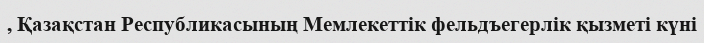
, Қазақстан Республикасының Мемлекеттік фельдъегерлік қызметі күні